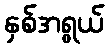
နှစ်အရွယ်